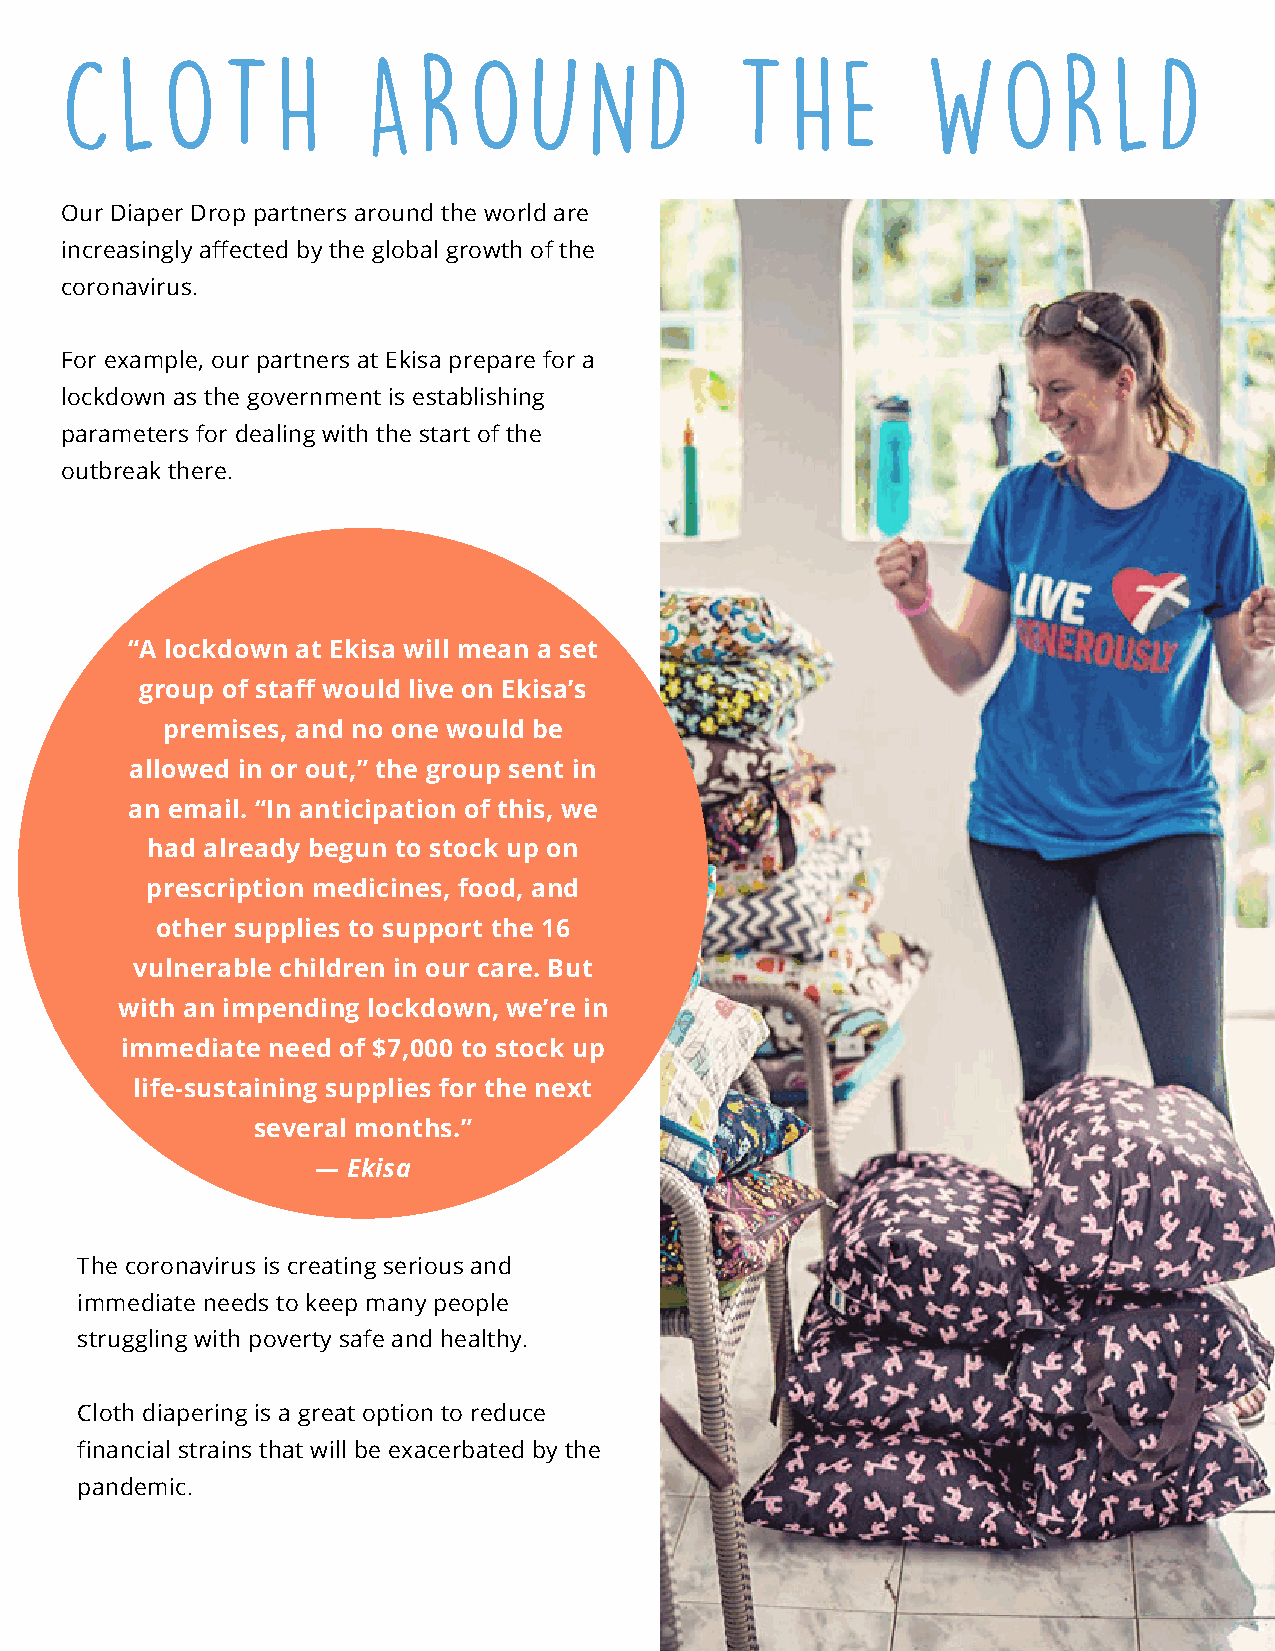
CLOTH               AROUND                   THE         WORLD
 Our Diaper Drop partners around the world are
 increasingly affected by the global growth of the
 coronavirus.
 For example, our partners at Ekisa prepare for a
 lockdown as the government is establishing
 parameters for dealing with the start of the
 outbreak there.
 “A lockdown at Ekisa will mean a set
 group of staff would live on Ekisa’s
 premises, and no one would be
 allowed in or out,” the group sent in
 an email. “In anticipation of this, we
 had already begun to stock up on
 prescription medicines, food, and
 other supplies to support the 16
 vulnerable children in our care. But
 with an impending lockdown, we’re in
 immediate need of $7,000 to stock up
 life-sustaining supplies for the next
 several months.”
 — Ekisa
 The coronavirus is creating serious and
 immediate needs to keep many people
 struggling with poverty safe and healthy.
 Cloth diapering is a great option to reduce
 financial strains that will be exacerbated by the
 pandemic.